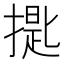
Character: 𱠪